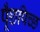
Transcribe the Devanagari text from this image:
पूँछपिच्छ